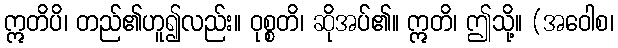
ဣတိပိ၊ တည်၏ဟူ၍လည်း။ ဝုစ္စတိ၊ ဆိုအပ်၏။ ဣတိ၊ ဤသို့။ (အဝေါစ၊